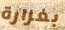
بغزارة